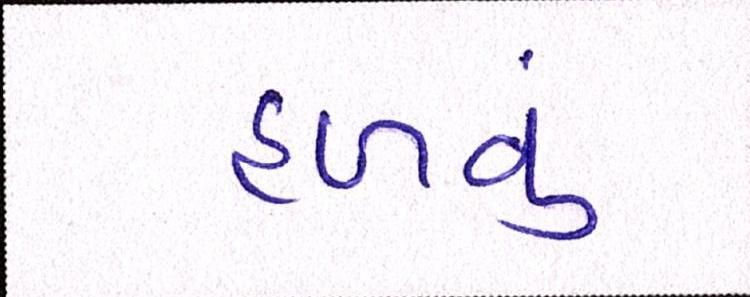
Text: હળવું